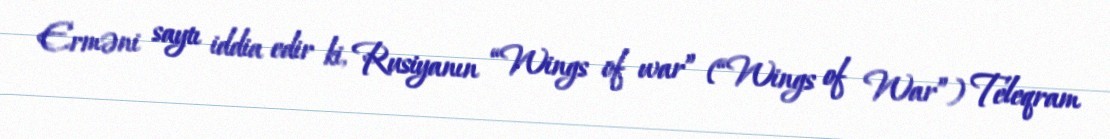
Erməni saytı iddia edir ki, Rusiyanın “Wings of war” (“Wings of War”) Teleqram